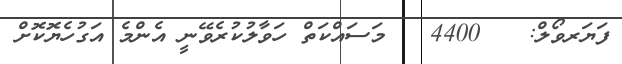
ފަޔަރވޯލް:   4400   މަސައްކަތް ހަވާލުކުރެވޭނީ އެންމެ އަގުހެޔޮކޮށް